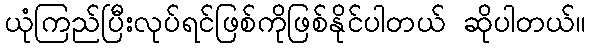
ယုံကြည်ပြီးလုပ်ရင်ဖြစ်ကိုဖြစ်နိုင်ပါတယ် ဆိုပါတယ်။